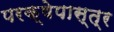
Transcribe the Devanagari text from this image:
परक्षेपास्त्र